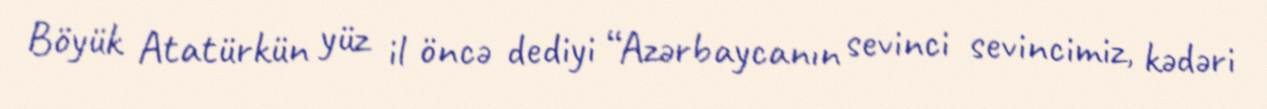
Böyük Atatürkün yüz il öncə dediyi “Azərbaycanın sevinci sevincimiz, kədəri